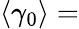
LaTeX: \langle\gamma_{0}\rangle=